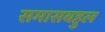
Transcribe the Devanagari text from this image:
समासबहुल